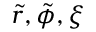
\tilde { r } , \tilde { \phi } , \xi